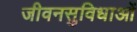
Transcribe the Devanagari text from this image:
जीवनसुविधाओं